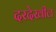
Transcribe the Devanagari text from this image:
दरदेखील